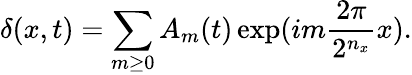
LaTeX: \delta(x,t)=\sum_{m\geq 0}A_{m}(t)\exp(im\frac{2\pi}{2^{n_{x}}}x).